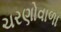
ચરણોવાળા